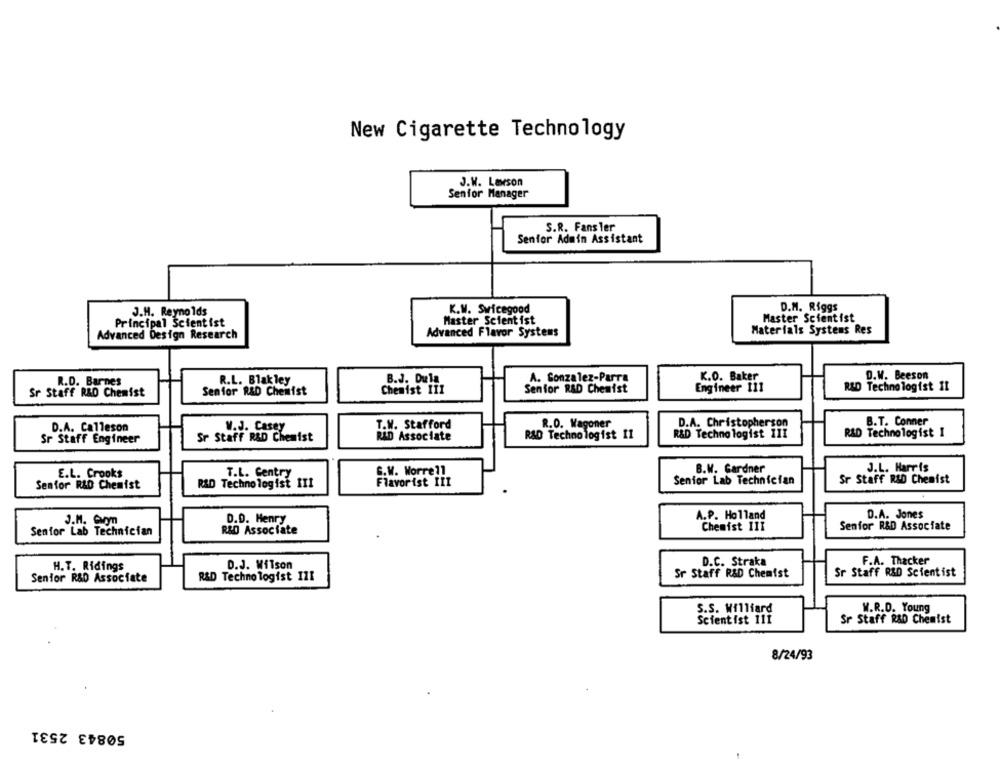
New Cigarette Technology
J.W. Larson
Senfor Manager
S.R. Fans ler
Senfor Admin Assistant
D.M. Riggs
J.H. Reynolds
K.W. Swicegood
Principal Scientist
Master Scientist
Master Scientist
Materials Systems Res
Advanced Design Research
Advanced Flavor Systems
K.O. Baker
D.W. Beeson
R.D. Barnes
R.L. Blak ley
B.J. Dula
A. Gonzalez-Parra
Sr Staff R&D Chemist
Senfor R&D Chemist
Chemist 111
Senior R&D Chemist
Engineer 111
R&D Technologist 11
R.O. Wagoner
D.A. Christopherson
B.T. Conner
D.A. Calleson
W.J. Casey
T.W. Stafford
Sr Staff Engineer
Sr Staff R&D Chemist
RAD Associate
RAD Technologist 11
R&D Techno logist 111
R&D Technologist 1
B.M. Gardner
J.L. Harris
E.L. Crooks
T.L. Centry
G.W. Worre1l
Senfor R&D Chemist
R&D Technologist III
Flavorist III
Senior Lab Technician
Sr Staff R&D Chemist
D.A. Jones
J.M. Com
D.D. Henry
A.P. Holland
Senior Lab Technician
Chemist III
Senfor R&D Associate
R&D Associate
D.C. Straka
F.A. Thacker
H.T. Ridings
D.J. Wilson
R&D Technologist III
Sr Staff R&D Chemist
Sr Staff R&D Scientist
Senfor R&D Associate
S.S. Williard
W.R.D. Young
Scientist 111
Sr Staff R&D Chemist
8/24/93
50843 2531